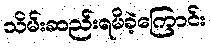
သိမ်းဆည်းရမိခဲ့ကြောင်း